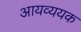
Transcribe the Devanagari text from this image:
आयव्ययक